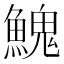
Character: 𩹷